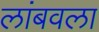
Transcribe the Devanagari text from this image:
लांबवला